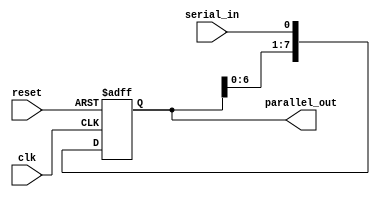
module serial_in_parallel_out(
    input wire clk,
    input wire reset,
    input wire serial_in,
    output reg [7:0] parallel_out
);

reg [7:0] shift_register;

always @(posedge clk or posedge reset) begin
    if(reset) begin
        shift_register <= 8'b0;
    end else begin
        shift_register <= {shift_register[6:0], serial_in};
    end
end

assign parallel_out = shift_register;

endmodule